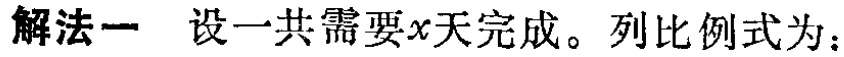
解法一 设一共需要\(x\)天完成。列比例式为：